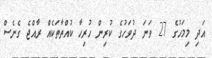
އަދި މިމަހުގެ 27 ވަނަ ދުވަހުގެ ކުރިން ހުރިހާ ކުއްތާތަކެއް ރާއްޖެ ގެނެސް